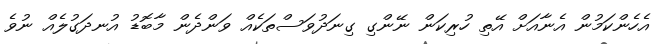
އެހެންކަމުން އެނާއަށް އޭތި ހުރިކަން ނޭންގި ގިނަދުވަސްތަކެއް ވަންދެން މާބޮޑު އުނދަގުލެއް ނުވެ